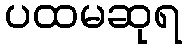
ပထမဆုရ